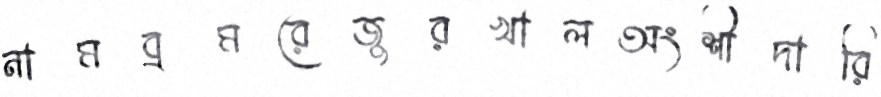
নামব্রমরেজুরখালঅংশীদারি